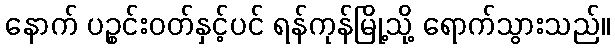
နောက် ပဉ္စင်းဝတ်နှင့်ပင် ရန်ကုန်မြို့သို့ ရောက်သွားသည်။